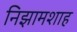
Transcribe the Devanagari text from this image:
निझामशाह